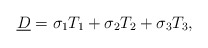
\begin{align*} \underline{D}=\sigma_1 T_1+\sigma_2 T_2+\sigma_3 T_3,\end{align*}